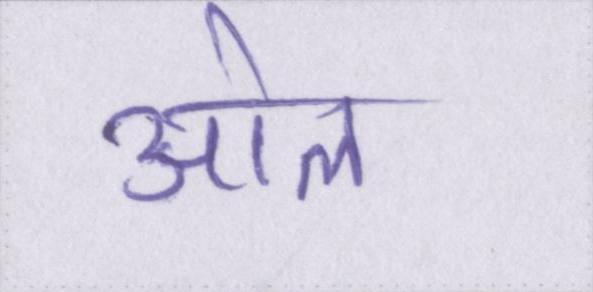
ओले